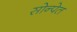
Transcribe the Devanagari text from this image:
सोन्पेत